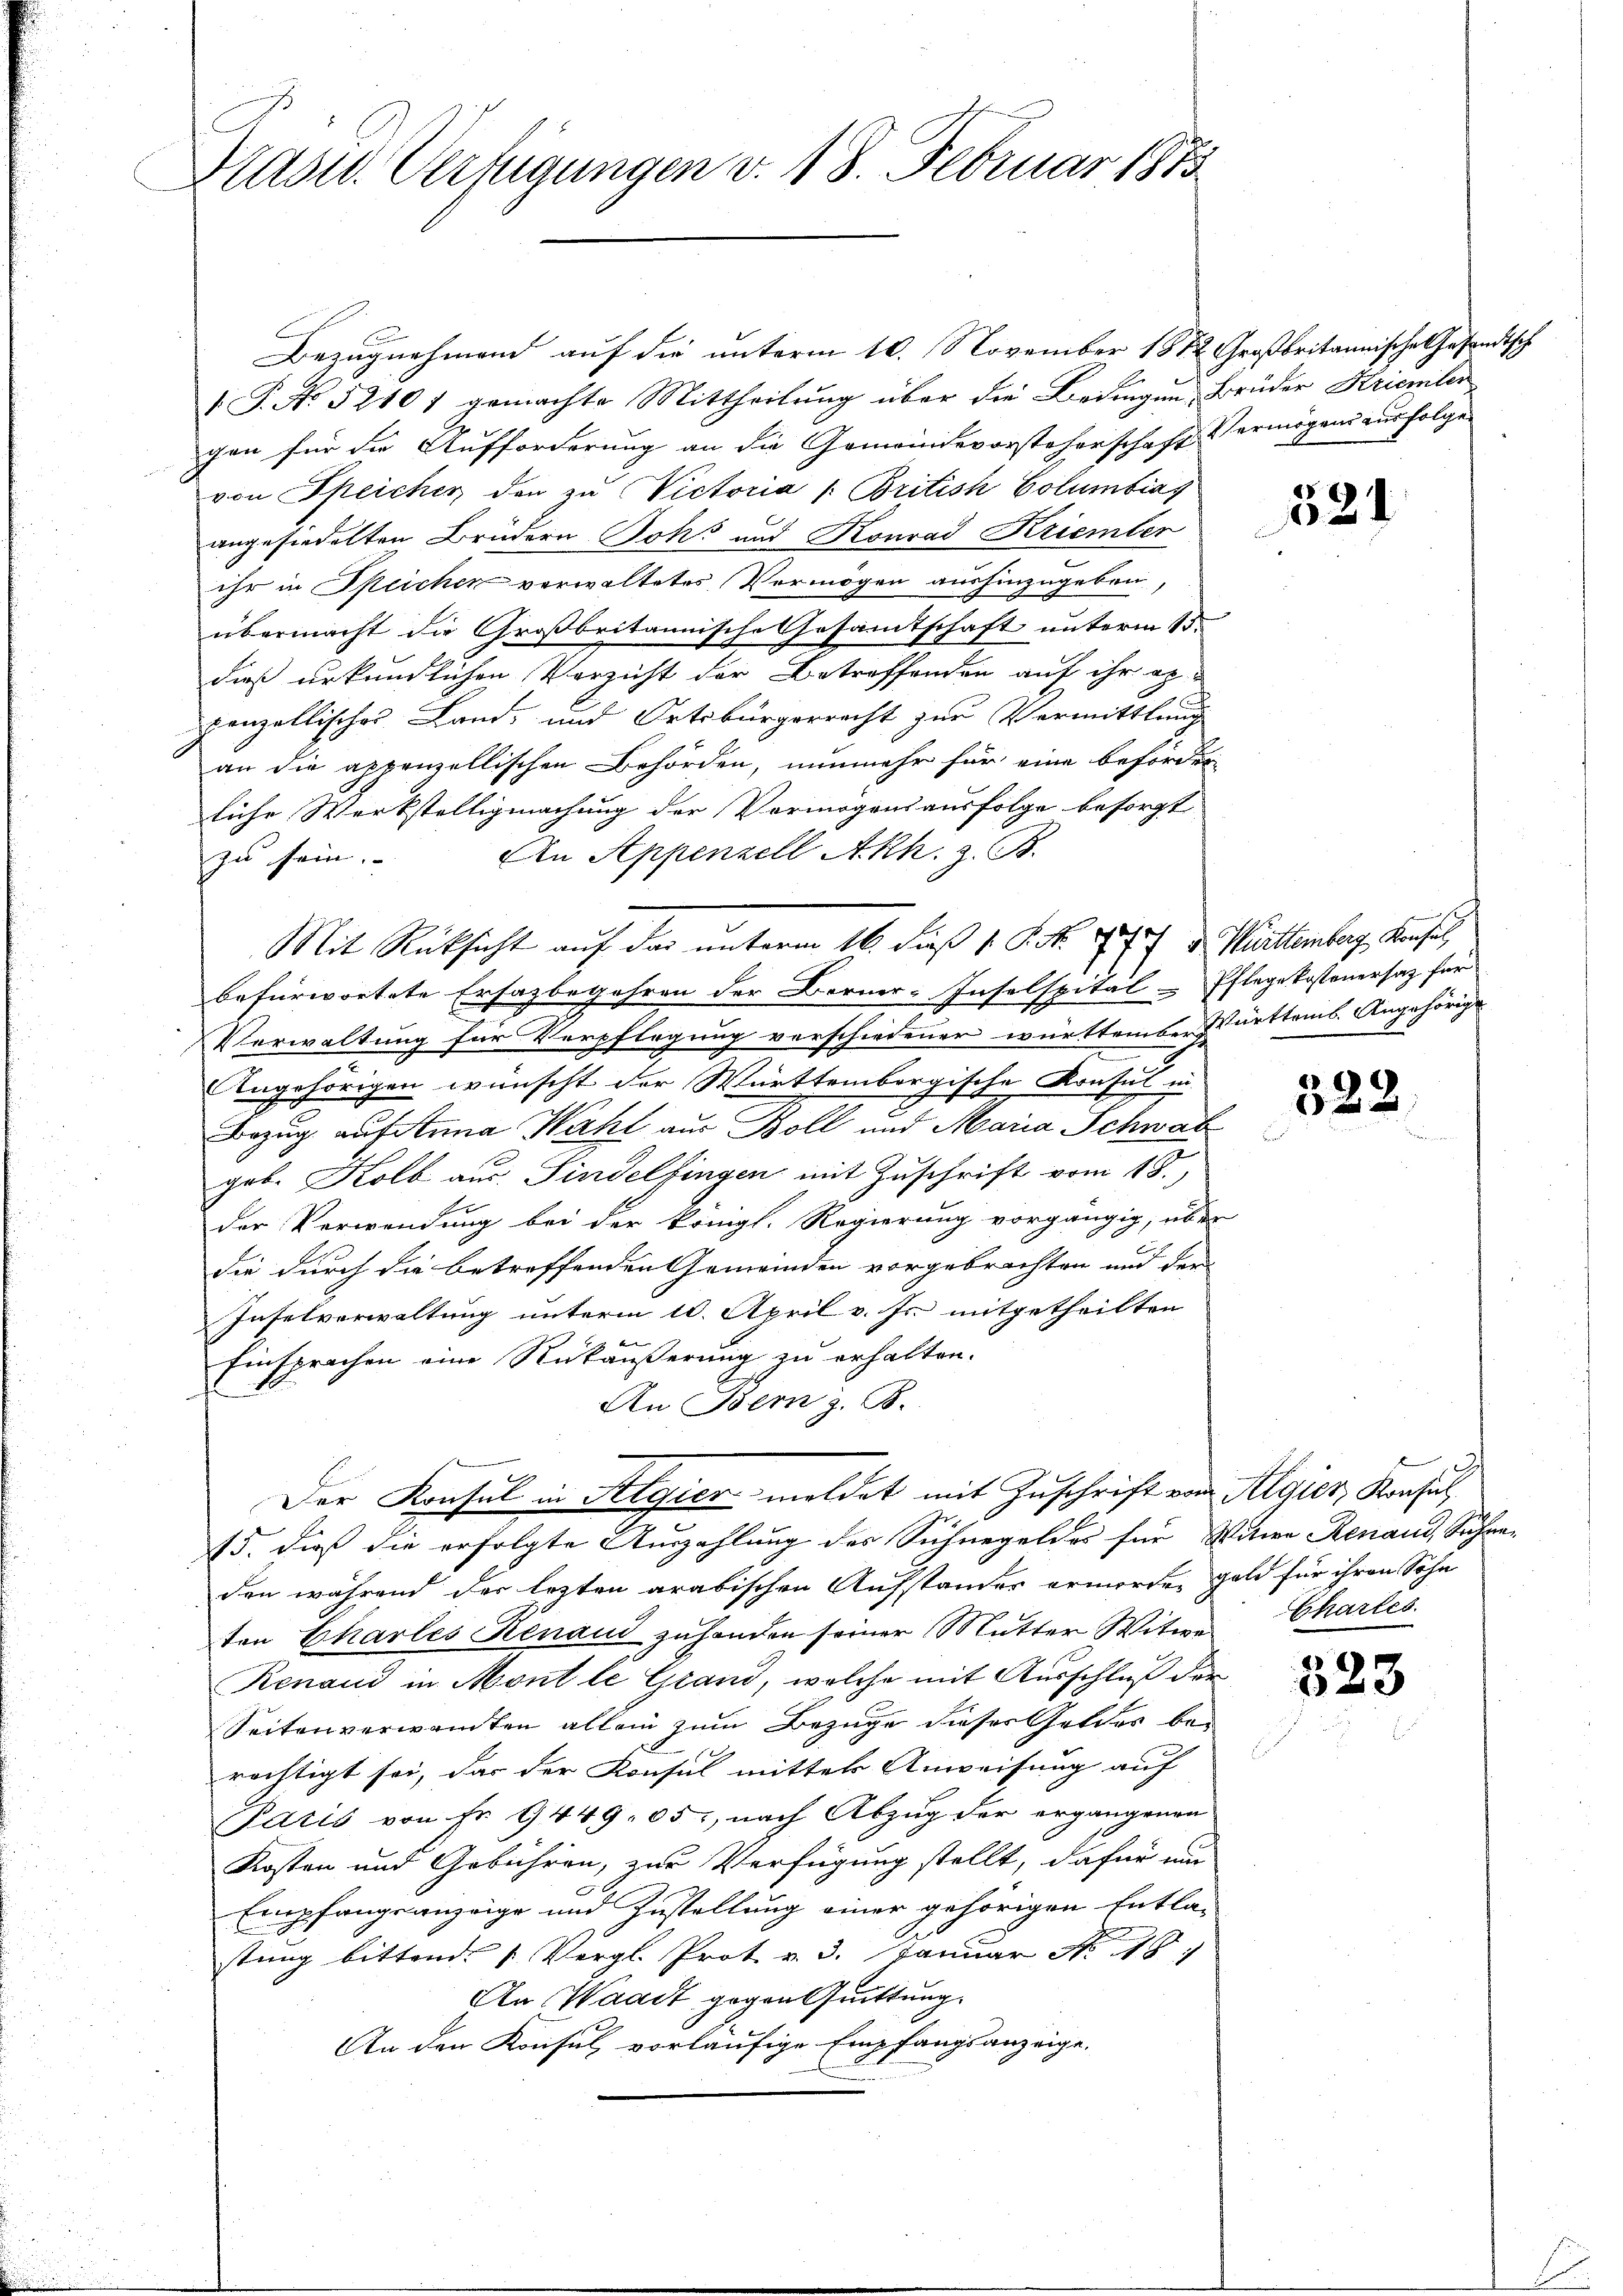
Präsid. Verfügungen v. 18. Februar 1815

Bezugnahmend auf die unterm 10. November 1872 Großbritannische Gesandtsch
(P. No. 52101 gemachte Mittheilung über die Bedingen Brüder Kriemler
gen für die Aufforderung an die Gemeindevorsteherschaft Vermögens zur folge
von Speicher den zu Victoria /:British Columbias
angesiedelten Brüdern Johs und Konrad Kriemter
ihr in Speichen verwaltetes Vermögen aushinzugeben,
übermacht die Großbritannische Gesammtschaft unterm 13.
dieß urkundlichen Verzicht der Betreffenden auf ihr of
penzellisches Land- und Ortsbürgerrecht zur Vermittlung
an die appenzellischen Behörden, nunmehr für eine beförder-
liche Werkstelligmachung der Vermögensausfolge besorgt
zu sein. An Appenzell Akh. z. B.
befürwortete Ersazbegehren der Berner-Inselspital-Pflegekostenersaz für
Verwaltung für Verpflegung verschiedener württember Württems. Angehörige
Angehörigen wünscht der Württembergische Konsul in
Bezug auf Anna Wahl aus Boll und Maria Schwab
gob. Kolb aus Sindelfingen mit Zuschrift vom 18.
der Verwendung bei der königl. Regierung vorgängig, über
E
Sie durch die betreffenden Gemeinden vorgebrachten und der
Inselverwaltung unterm 10. April v. Js. mitgetheilten
Einsprachen eine Rückäußerung zu erhalten.
An Bem z. B.
Der Konsul in Algier meldet mit Zuschrift von Algier, Konsul
15. dieß die erfolgte Auszahlung des Sichnegeldes für Witwe Renaud, Schanden während der lezten arabischen Aufstander ermorden gabe für ihren Sohn
ten Charles Renaud zuhanden seiner Mutter Witwe Charles
Renaud in Mont le Grand, welche mit Ausschluß der
Seitenverwandten allein zum Bezuge dieser Geldes berechtigt sei, das der Konsul mittel Anweisung auf
Paris von Fr. 9449. 65, nach Abzug der ergangenen
Kosten und Gebühren, zur Verfügung stellt, dafür nur
Empfangsanzeige und Zustellung einer gehörigen Entla-
stung bittend 1 Vergl. Prot. v. 3. Januar No. 18.
An Waadt gegen Quittung.
An den Konsul vorläufige Empfangsanzeige,

Mit Rücksicht auf das unterm 16. dieß 1 S. Nr. 18. 757 u. Württemberg, Konsul

521

i

322.

2